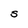
Character: S